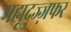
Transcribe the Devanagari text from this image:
मह्मूदुज्ज़फर